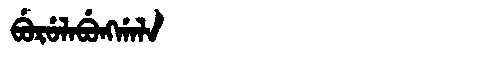
Manchu: ᠪᡠᡵᡠᠯᠠᠪᡠᠩᡤᠠᠯᠠ
Romanization: BURULABUNGGALA